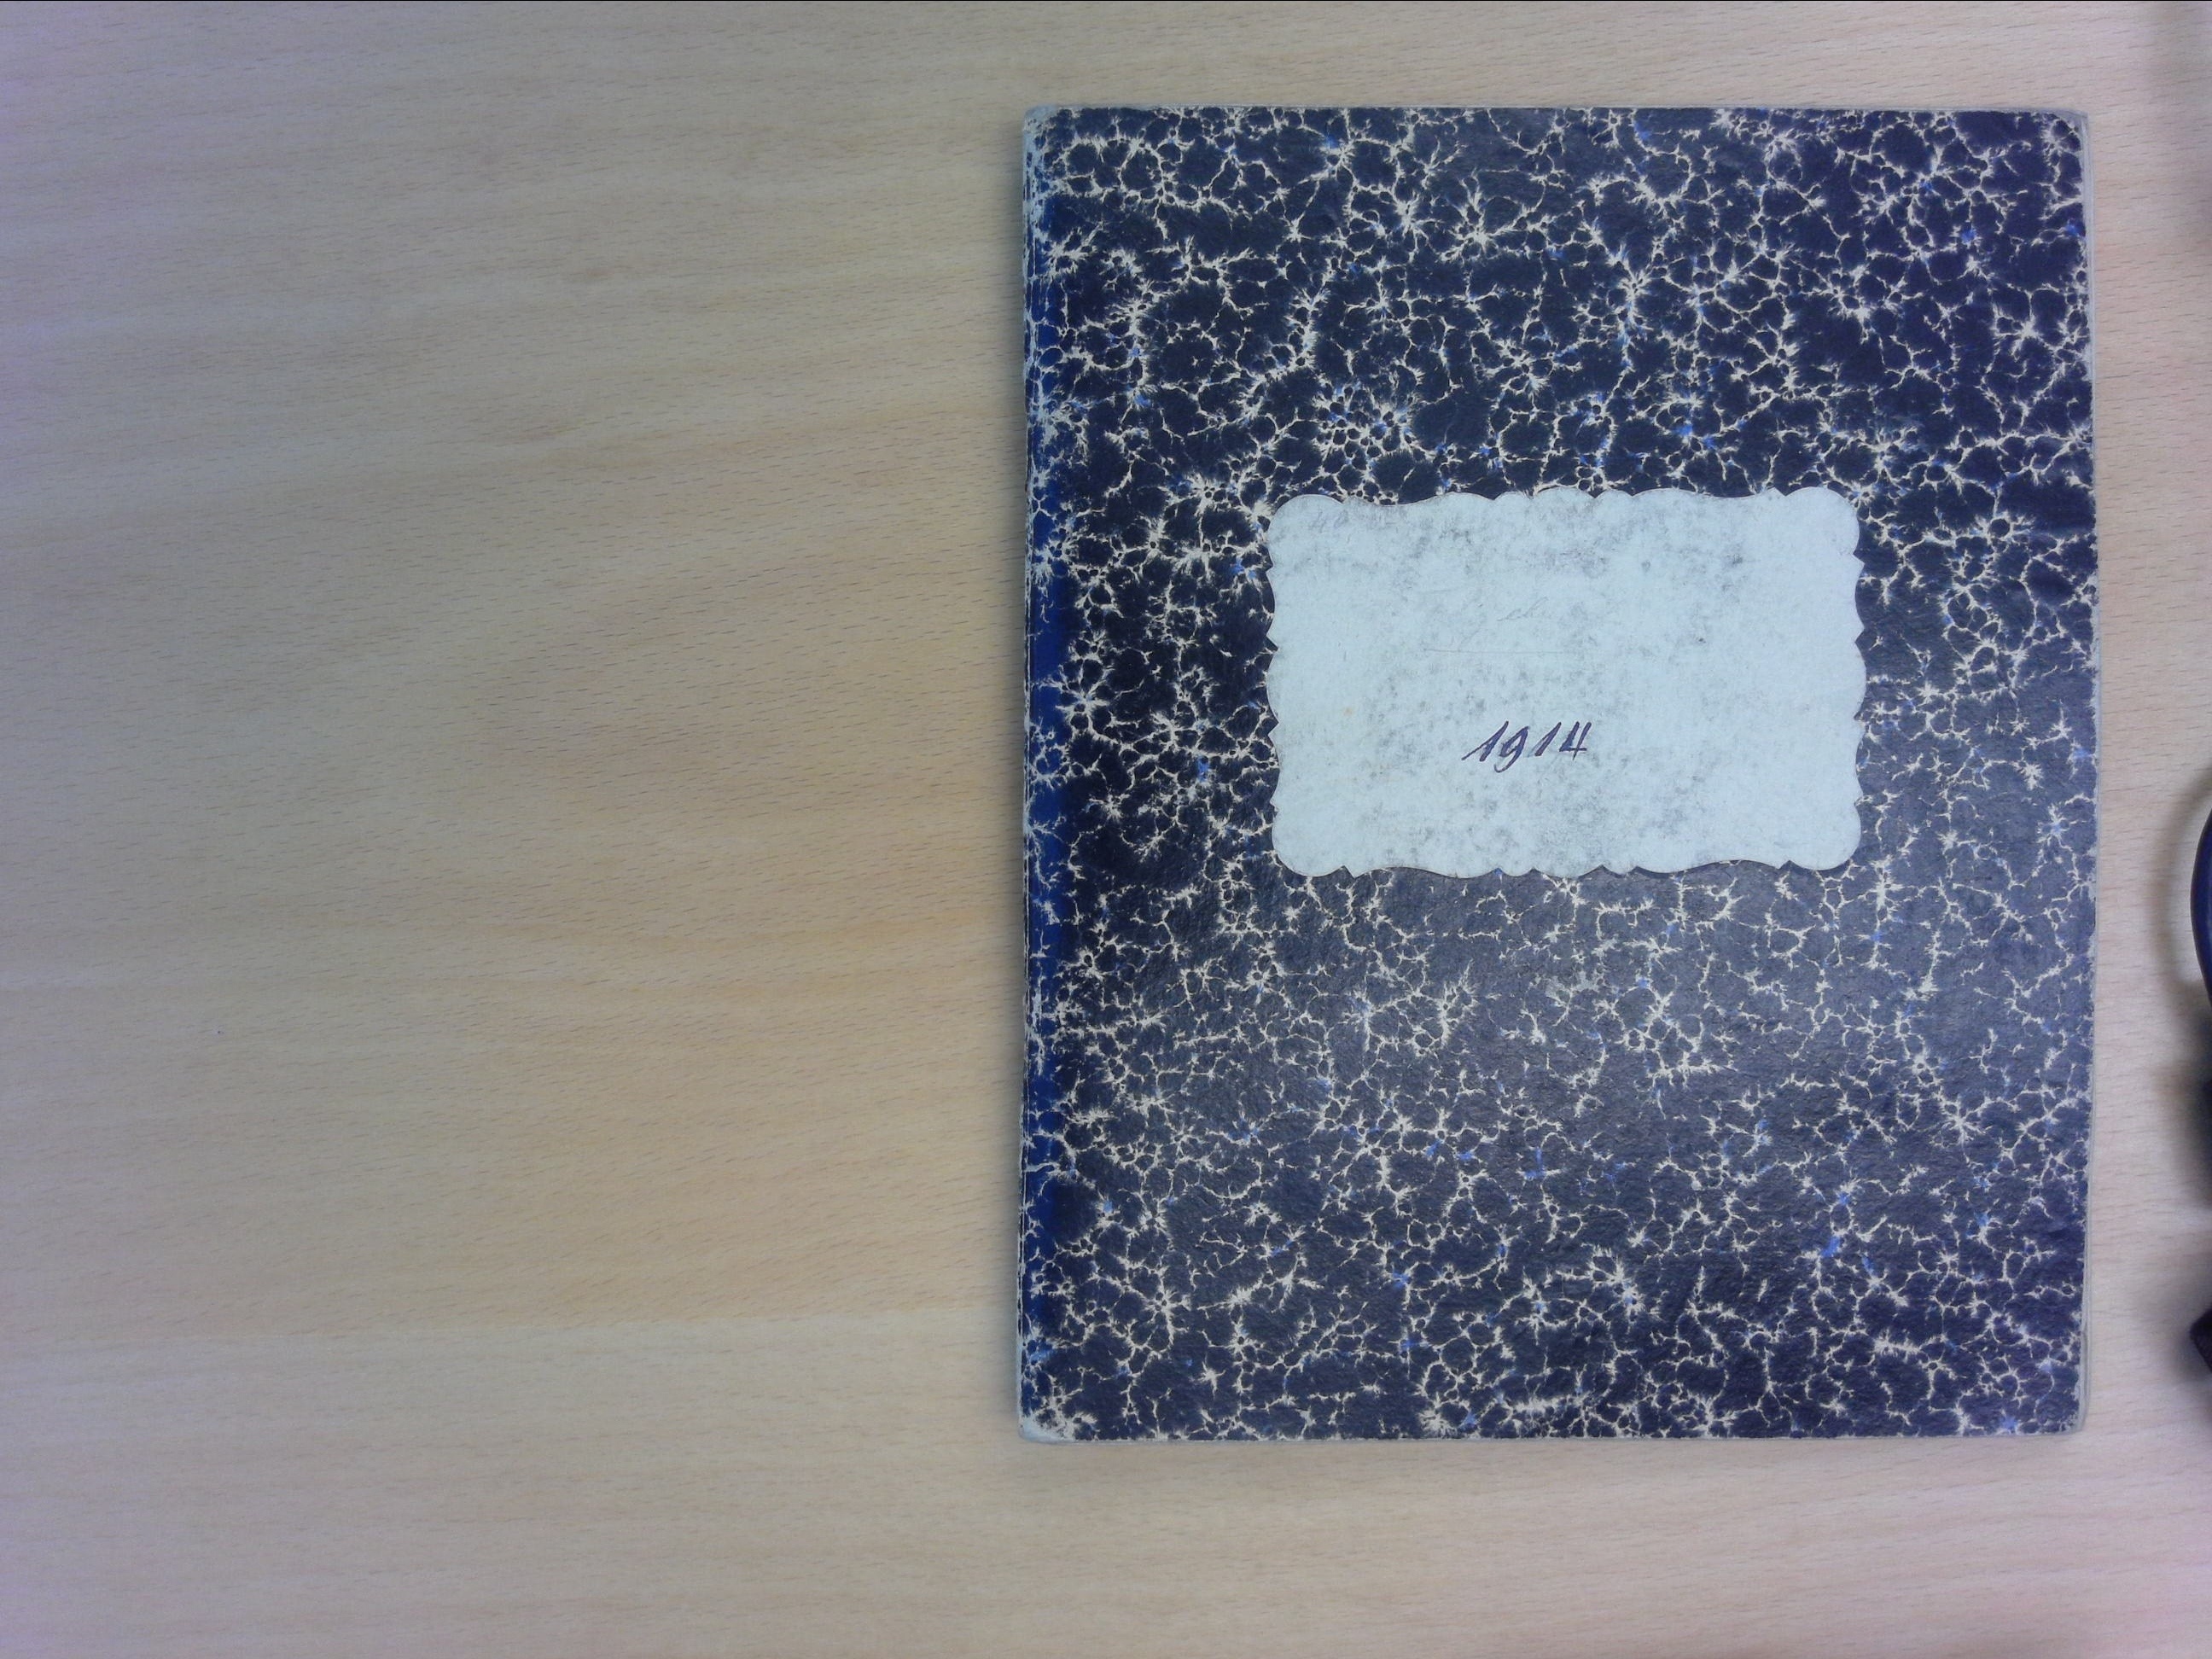
1914